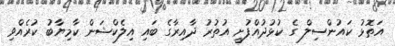
އަތޮޅު ކައުންސިލް ގެ ކުޅުދުއްފުށީ އުތުރު ދާއިރާގެ ބައި އިލެކްޝަން ކާމިޔާބު ކުރެއްވި